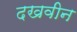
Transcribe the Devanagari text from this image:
दखवीन